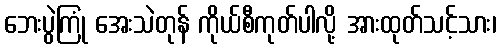
ဘေးပွဲကြုံ အေးသဲတုန် ကိုယ်စီကုတ်ပါလို့ အားထုတ်သင့်သား၊